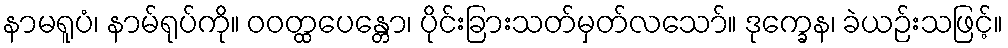
နာမရူပံ၊ နာမ်ရုပ်ကို။ ဝဝတ္ထပေန္တော၊ ပိုင်းခြားသတ်မှတ်လသော်။ ဒုက္ခေန၊ ခဲယဉ်းသဖြင့်။